Plague in India, 1896, 1897 - Volume 2
Year: 1896
Disease focus: Plague
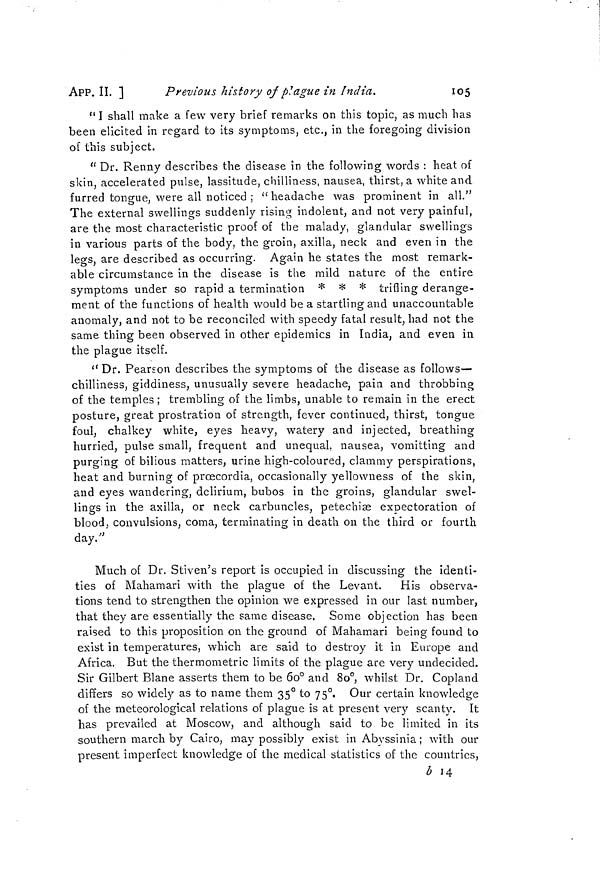
APP. II. ]
Previous history of plague in India.
105
"I shall make a few very brief remarks on this topic, as much has
been elicited in regard to its symptoms, etc., in the foregoing division
of this subject.
"Dr. Renny describes the disease in the following words : heat of
skin, accelerated pulse, lassitude, chilliness, nausea, thirst, a white and
furred tongue, were all noticed ; "headache was prominent in all."
The external swellings suddenly rising indolent, and not very painful,
are the most characteristic proof of the malady, glandular swellings
in various parts of the body, the groin, axilla, neck and even in the
legs, are described as occurring. Again he states the most remark-
able circumstance in the disease is the mild nature of the entire
symptoms under so rapid a termination * * * trifling derange-
ment of the functions of health would be a startling and unaccountable
anomaly, and not to be reconciled with speedy fatal result, had not the
same thing been observed in other epidemics in India, and even in
the plague itself.
"Dr. Pearson describes the symptoms of the disease as follows—
chilliness, giddiness, unusually severe headache, pain and throbbing
of the temples ; trembling of the limbs, unable to remain in the erect
posture, great prostration of strength, fever continued, thirst, tongue
foul, chalkey white, eyes heavy, watery and injected, breathing
hurried, pulse small, frequent and unequal, nausea, vomitting and
purging of bilious matters, urine high-coloured, clammy perspirations,
heat and burning of prœcordia, occasionally yellowness of the skin,
and eyes wandering, delirium, bubos in the groins, glandular swel-
lings in the axilla, or neck carbuncles, petechiæ expectoration of
blood, convulsions, coma, terminating in death on the third or fourth
day."
Much of Dr. Stiven's report is occupied in discussing the identi-
ties of Mahamari with the plague of the Levant. His observa-
tions tend to strengthen the opinion we expressed in our last number,
that they are essentially the same disease. Some objection has been
raised to this proposition on the ground of Mahamari being found to
exist in temperatures, which are said to destroy it in Europe and
Africa. But the thermometric limits of the plague are very undecided.
Sir Gilbert Blane asserts them to be 60° and 80°, whilst Dr. Copland
differs so widely as to name them 35° to 75°. Our certain knowledge
of the meteorological relations of plague is at present very scanty. It
has prevailed at Moscow, and although said to be limited in its
southern march by Cairo, may possibly exist in Abyssinia ; with our
present imperfect knowledge of the medical statistics of the countries,
b 14